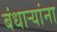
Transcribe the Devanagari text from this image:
बंधार्‍यांना